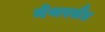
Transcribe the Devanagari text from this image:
नेथरलैंड